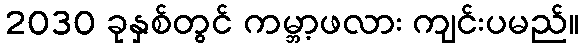
2030 ခုနှစ်တွင် ကမ္ဘာ့ဖလား ကျင်းပမည်။